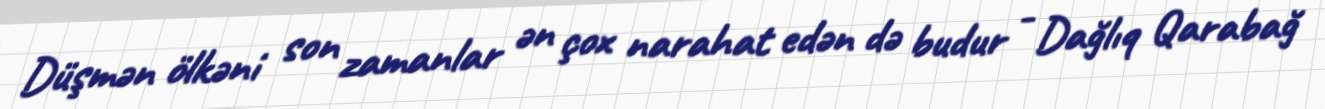
Düşmən ölkəni son zamanlar ən çox narahat edən də budur - Dağlıq Qarabağ